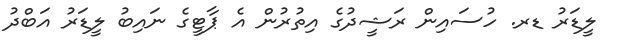
ލީޑަރު ޑރ. ހުސައިން ރަޝީދުގެ އިތުރުން އެ ޕާޓީގެ ނައިބު ލީޑަރު އަބްދު